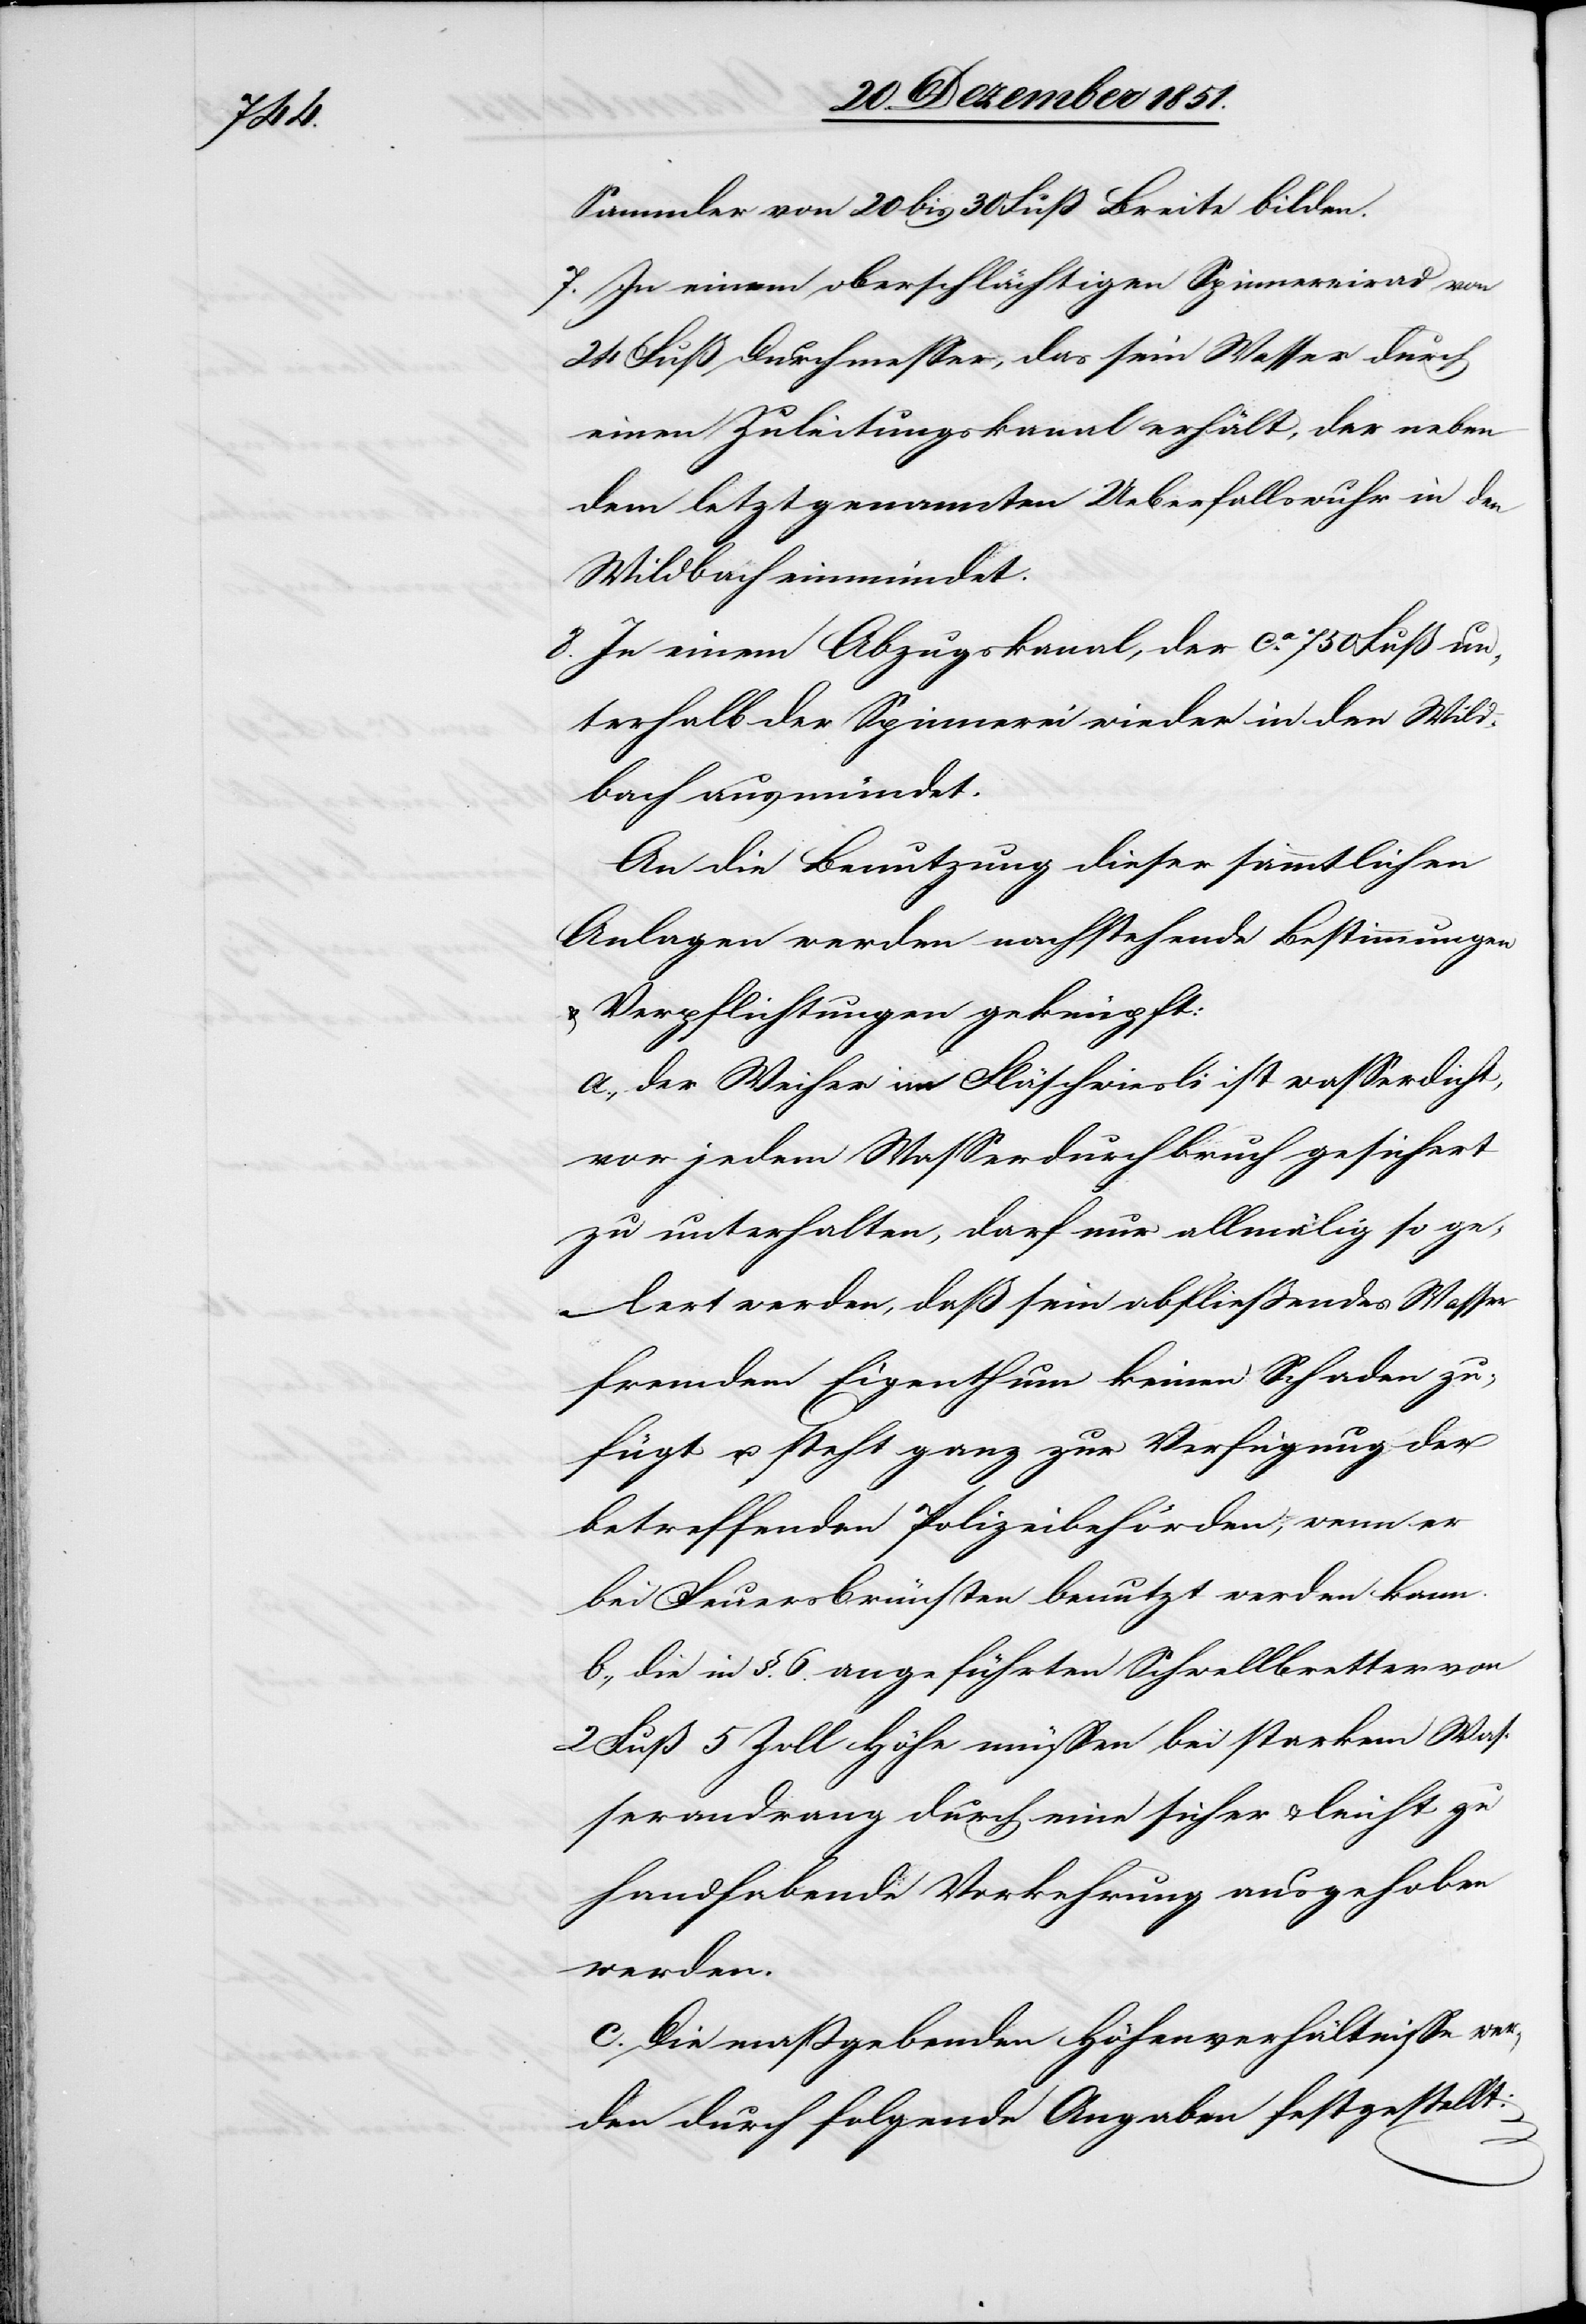
Sammler von 20 bis 30 Fuß Breite bilden.
In einem oberschlächtigen Spinnereirad von
24 Fuß Durchmesser, das sein Wasser durch
einen Zuleitungskanal erhält, der neben
dem letztgenannten Ueberfallswuhr in den
Wildbach einmündet.
In einem Abzugskanal, der ca. 750 Fuß un¬
terhalb der Spinnerei wieder in den Wild¬
bach ausmündet.
An die Benutzung dieser sämmtlichen
Anlagen werden nachstehende Bestimmungen
Verpflichtungen geknüpft:
der Weiher im Fläschwiesli ist wasserdicht,
vor jedem Wasserdurchbruch gesichert
zu unterhalten, darf nur allmälig so ge¬
le[e]rt werden, daß sein abfließendes Wasser
fremdem Eigenthum keinen Schaden zu¬
fügt u. steht ganz zur Verfügung der
betreffenden Polizeibehörden, wenn er
bei Feuersbrünsten benutzt werden kann.
die in §. 6. angeführten Schwellbretter von
2 Fuß 5 Zoll Höhe müssen bei starkem Was¬
serandrang durch eine sicher & leicht zu
handhabende Vorkehrung ausgehoben
werden.
Die maßgebenden Höhenverhältnisse wer¬
den durch folgende Angaben festgestellt: